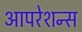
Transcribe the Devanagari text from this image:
आपरेशन्स